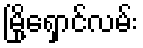
မြို့ရှောင်လမ်း